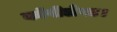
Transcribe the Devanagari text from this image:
कॉपीलेफ्ट।